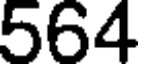
564